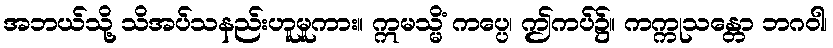
အဘယ်သို့ သိအပ်သနည်းဟူမူကား။ ဣမသ္မိံ ကပ္ပေ၊ ဤကပ်၌။ ကက္ကုသန္တော ဘဂဝါ၊